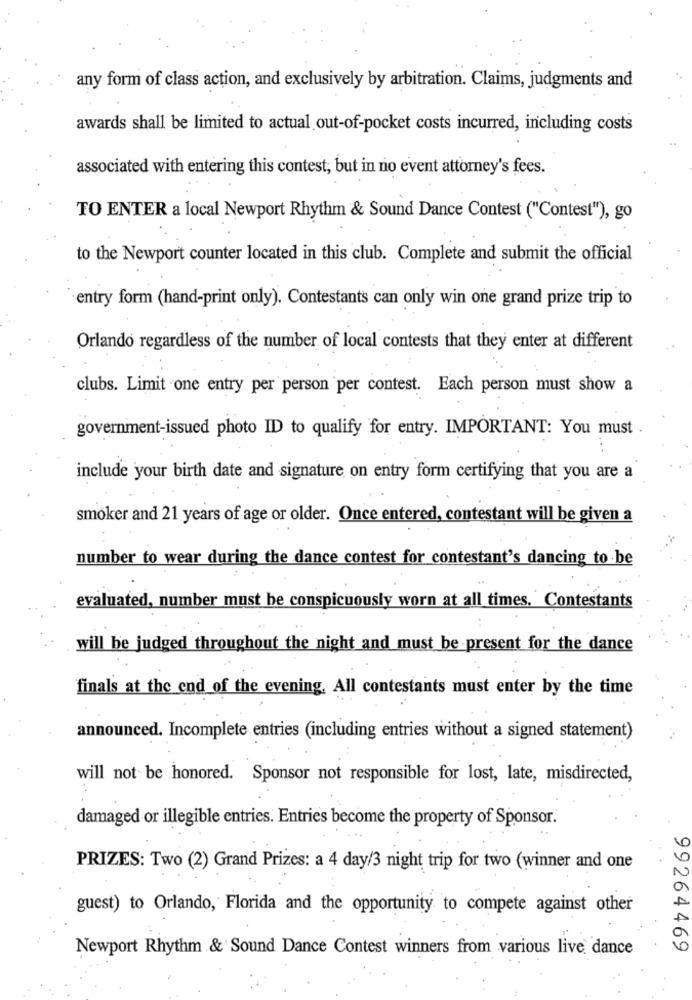
any form of class action, and exclusively by arbitration. Claims, judgments and
awards shall be limited to actual out-of-pocket costs incurred, including costs
associated with entering this contest, but in no event attorney's fees.
TO ENTER a local Newport Rhythm & Sound Dance Contest ("Contest"), go
to the Newport counter located in this club. Complete and submit the official
entry form (hand-print only). Contestants can only win one grand prize trip to
Orlando regardless of the number of local contests that they enter at different
clubs. Limit one entry per person per contest. Each person must show a
government-issued photo ID to qualify for entry. IMPORTANT: You must
include your birth date and signature on entry form certifying that you are a
smoker and 21 years of age or older. Once entered, contestant will be given a
number to wear during the dance contest for contestant's dancing to be
evaluated, number must be conspicuously worn at all times. Contestants
will be judged throughout the night and must be present for the dance
finals at the end of the evening. All contestants must enter by the time
announced. Incomplete entries (including entries without a signed statement)
will not be honored. Sponsor not responsible for lost, late, misdirected,
:
damaged or illegible entries. Entries become the property of Sponsor.
PRIZES: Two (2) Grand Prizes: a 4 day/3 night trip for two (winner and one
guest) to Orlando, Florida and the opportunity to compete against other
Newport Rhythm & Sound Dance Contest winners from various live dance
99264469